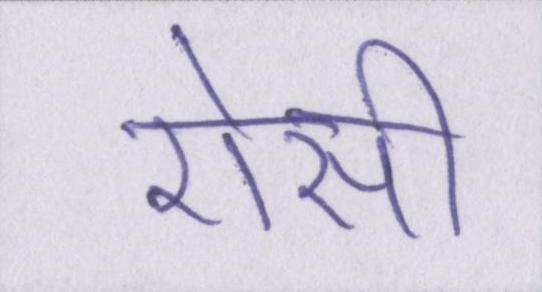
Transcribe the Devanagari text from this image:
ऐसी